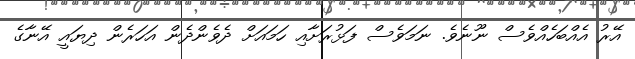
އޭރު އެއްބަހެއްވެސް ނޫނެވެ. ނަމަވެސް ފަޅުރަށާއި ހަމައަށް ދެވެންދެން އަހަރެން ދިޔައީ އޭނާގެ